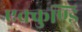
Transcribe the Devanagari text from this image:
एक्कुण्डि